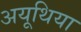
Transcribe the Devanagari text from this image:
अयूथिया